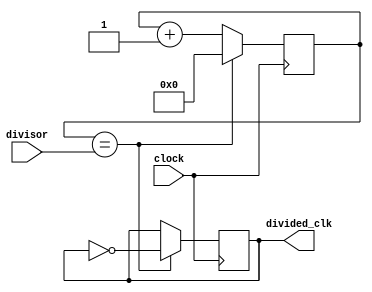
module programmable_clock_divider (
    input clock,
    input [7:0] divisor,
    output reg divided_clk
);

reg [7:0] counter;

always @(posedge clock) begin
    if (counter == divisor) begin
        counter <= 0;
        divided_clk <= ~divided_clk;
    end else begin
        counter <= counter + 1;
    end
end

endmodule